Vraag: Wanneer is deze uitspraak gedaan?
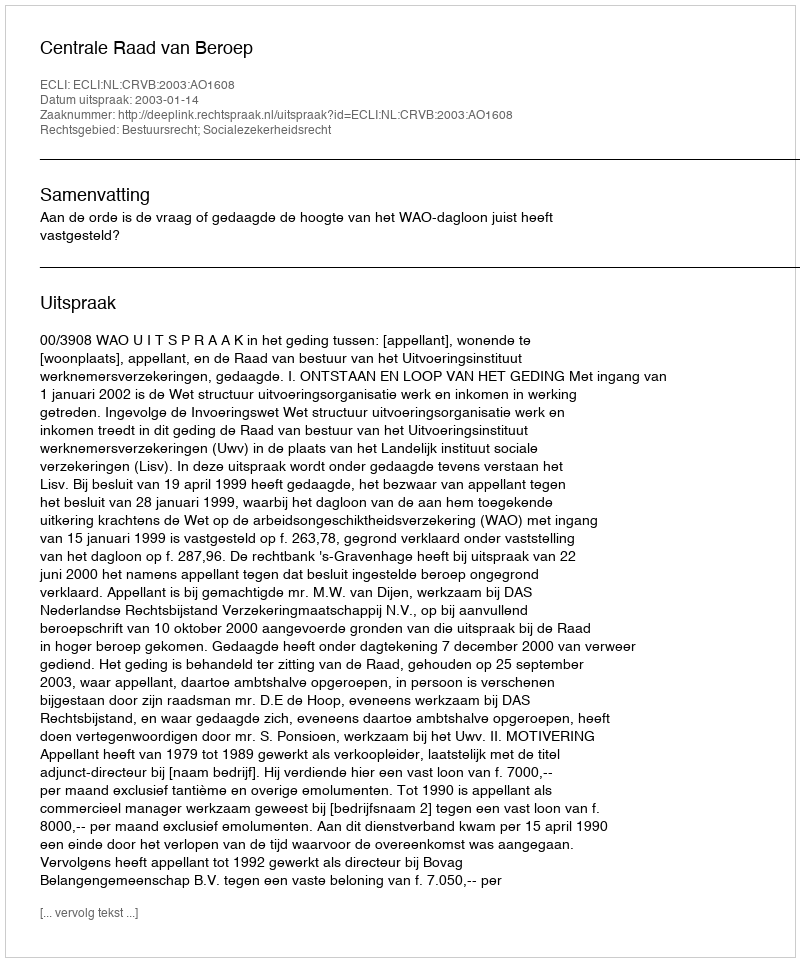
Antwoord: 2003-01-14